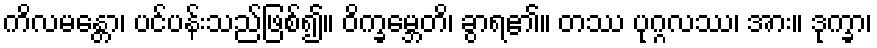
ကိလမန္တော၊ ပင်ပန်းသည်ဖြစ်၍။ ဝိက္ခမ္ဘေတိ၊ ခွာရ၏။ တဿ ပုဂ္ဂလဿ၊ အား။ ဒုက္ခာ၊